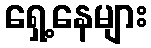
ရှေ့နေများ